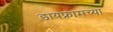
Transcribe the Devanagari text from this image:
डायफ्रामच्या